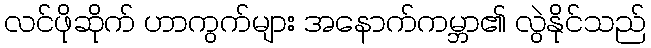
လင်ဖိုဆိုက် ဟာကွက်များ အနောက်ကမ္ဘာ၏ လွဲနိုင်သည်